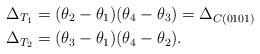
LaTeX: \begin{align*} \Delta_{T_1} &= (\theta_{2}-\theta_{1})(\theta_{4}-\theta_{3}) =\Delta_{C(0101)}\\ \Delta_{T_2} &= (\theta_{3}-\theta_{1})(\theta_{4}-\theta_{2}).\end{align*}